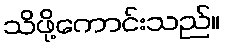
သိဖို့ကောင်းသည်။